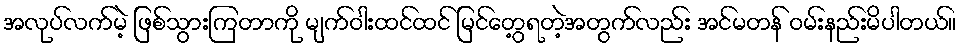
အလုပ်လက်မဲ့ ဖြစ်သွားကြတာကို မျက်ဝါးထင်ထင် မြင်တွေ့ရတဲ့အတွက်လည်း အင်မတန် ဝမ်းနည်းမိပါတယ်။